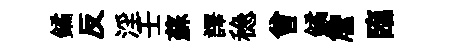
鐍反淫壬蘇譯稳曾鐍詹臨